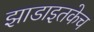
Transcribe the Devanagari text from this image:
झाडाइतकेच